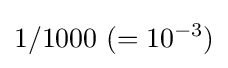
1/1000\ (=10^{-3})